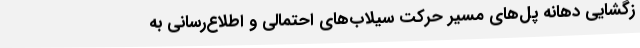
زگشایی دهانه پل‌های مسیر حرکت سیلاب‌های احتمالی و اطلاع‌رسانی به